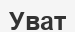
Уват